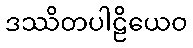
ဒဿိတပါဠိယေဝ